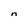
Character: n